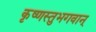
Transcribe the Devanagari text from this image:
कृष्णस्तुभगवान्